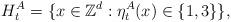
LaTeX: \begin{align*}H_t^A =\{ x \in \mathbb Z^d : \eta_t^A(x) \in \{1 , 3\} \},\end{align*}